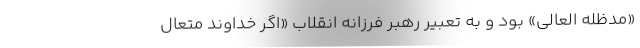
«مدظله العالی» بود و به تعبیر رهبر فرزانه انقلاب «اگر خداوند متعال